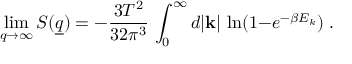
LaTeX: \operatorname * { l i m } _ { q \to \infty } { \cal S } ( \underline { { { q } } } ) = - { \frac { 3 T ^ { 2 } } { 3 2 \pi ^ { 3 } } } \, \int _ { 0 } ^ { \infty } d | { \bf k } | \, \ln ( 1 { - } e ^ { - \beta E _ { k } } ) \; .